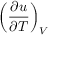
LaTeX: \left( { \frac { \partial u } { \partial T } } \right) _ { V }